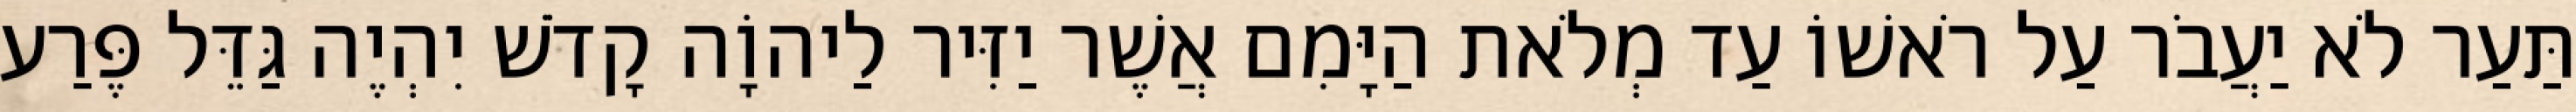
תַּעַר לֹא יַעֲבֹר עַל רֹאשׁוֹ עַד מְלֹאת הַיָּמִם אֲשֶׁר יַזִּיר לַיהוָֹה קָדֹשׁ יִהְיֶה גַּדֵּל פֶּרַע